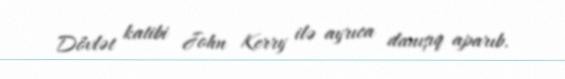
Dövlət katibi John Kerry ilə ayrıca danışıq aparıb.